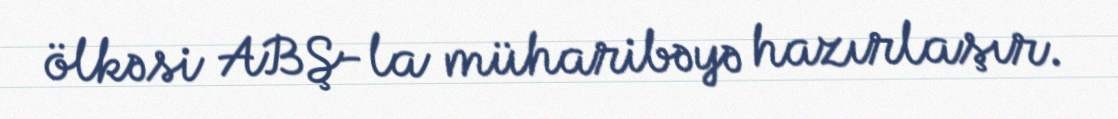
ölkəsi ABŞ-la müharibəyə hazırlaşır.